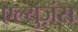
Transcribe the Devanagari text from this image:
एल्युज़ंस